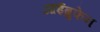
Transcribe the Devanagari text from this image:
आईब्रुफेन